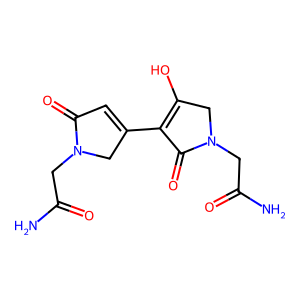
SMILES: NC(=O)CN1CC(C2=C(O)CN(CC(N)=O)C2=O)=CC1=O
Inhibits HIV replication: No